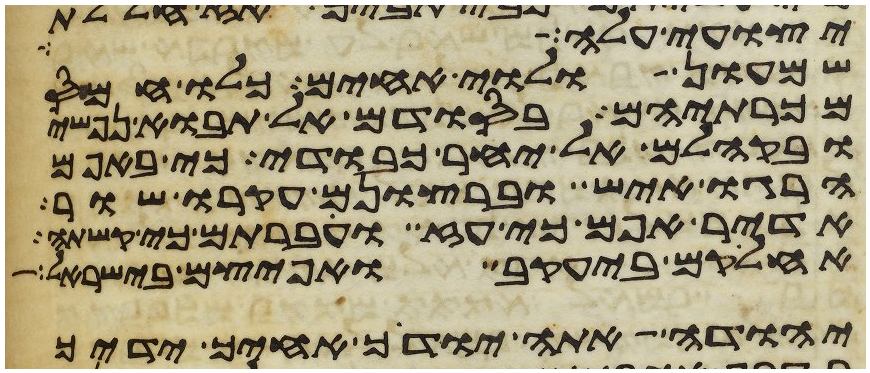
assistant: יצועי עלה
שמעון ולוי אחים כלו חמס
מכרתיהם בסודם אל תבוא נפשי
ובקהלם אל יחר כבודי כי באפם
הרגו איש וברצונם עקרו שור
אדיר אפם כי עז וחברתם כי קשתה
אחלקם ביעקב ואפיצם בישראל
יהודה אתה יודך אחיך ידיך